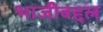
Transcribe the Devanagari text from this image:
भाजीबद्दल